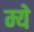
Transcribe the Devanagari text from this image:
म्ये